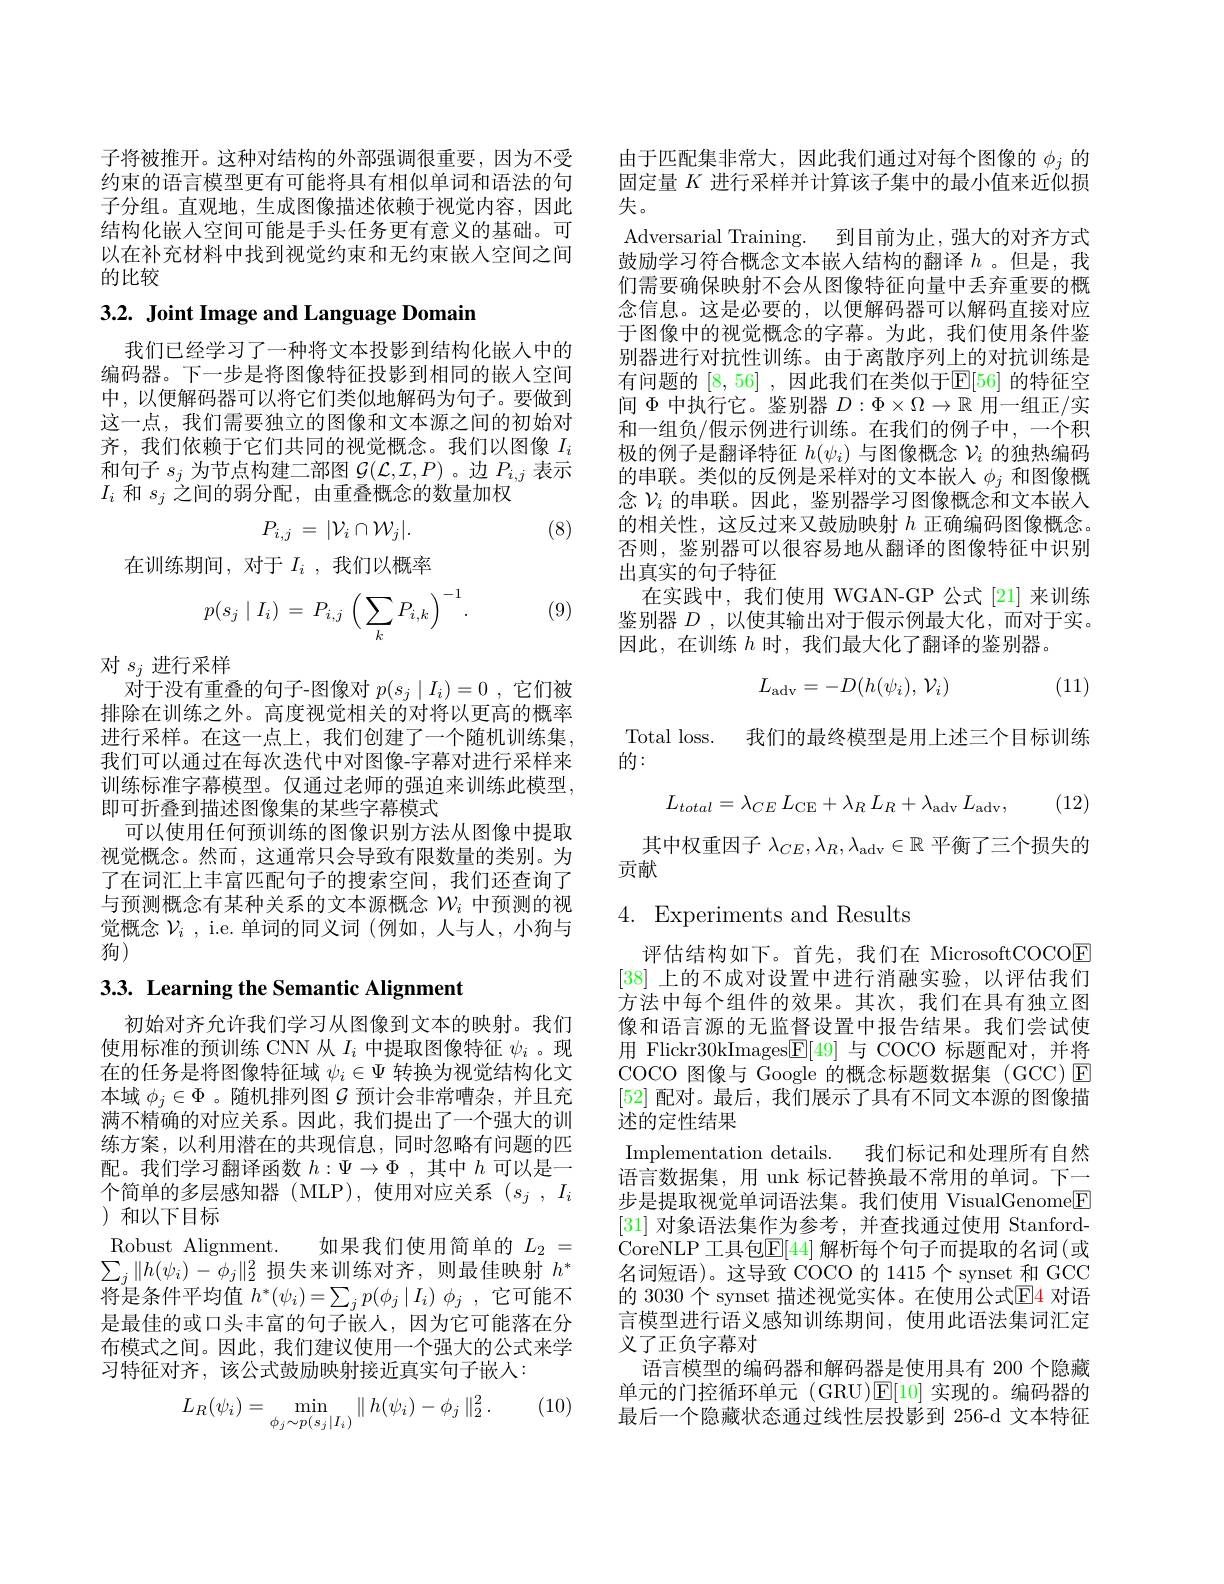
子将被推开。这种对结构的外部强调很重要，因为不受约束的语言模型更有可能将具有相似单词和语法的句子分组。直观地，生成图像描述依赖于视觉内容，因此结构化嵌入空间可能是手头任务更有意义的基础。可以在补充材料中找到视觉约束和无约束嵌入空间之间的比较

# 3.2. Joint Image and Language Domain

我们已经学习了一种将文本投影到结构化嵌人中的编码器。下一步是将图像特征投影到相同的嵌人空间中，以便解码器可以将它们类似地解码为句子。要做到这一点，我们需要独立的图像和文本源之间的初始对齐，我们依赖于它们共同的视觉概念。我们以图像$I_{i}$ 和句子$s_j$为节点构建二部图$\mathcal{G}(\mathcal{L},\mathcal{I},P)$ 。边$P_i,j$表示$I_{i}$和$s_j$之间的弱分配，由重叠概念的数量加权

(8)
$$P_{i,j}\:=\:|\mathcal{V}_{i}\cap\mathcal{W}_{j}|.$$
在训练期间，对于$I_i$ ,我们以概率

(9)
$$p(s_j\mid I_i)\:=\:P_{i,j}\:\Big(\sum_kP_{i,k}\Big)^{-1}.$$
对$s_j$进行采样
对于没有重叠的句子-图像对$p(s_j\mid I_i)=0$ ,它们被排除在训练之外。高度视觉相关的对将以更高的概率进行采样。在这一点上，我们创建了一个随机训练集， 我们可以通过在每次迭代中对图像-字幕对进行采样来训练标准字幕模型。仅通过老师的强迫来训练此模型， 即可折叠到描述图像集的某些字幕模式
可以使用任何预训练的图像识别方法从图像中提取视觉概念。然而，这通常只会导致有限数量的类别。为了在词汇上丰富匹配句子的搜索空间，我们还查询了与预测概念有某种关系的文本源概念$\mathcal{W}_i$中预测的视觉概念$\mathcal{V}_i$ , i.e. 单词的同义词 (例如 ,人与人，小狗与狗)

# 3.3. Learning the Semantic Alignment

初始对齐允许我们学习从图像到文本的映射。我们使用标准的预训练 CNN 从$I_i$中提取图像特征$\psi_i$ 。现在的任务是将图像特征域$\psi_i\in\Psi$转换为视觉结构化文本域$\phi_j\in\Phi$ 。随机排列图$\mathcal{G}$预计会非常嘈杂，并且充满不精确的对应关系。因此，我们提出了一个强大的训练方案，以利用潜在的共现信息，同时忽略有问题的匹配。我们学习翻译函数$h:\Psi\to\Phi$,其中$h$可以是一个简单的多层感知器(MLP),使用对应关系($s_j,I_i$ )和以下目标
Robust Alignment. 如果我们使用简单的$L_{2}=$ $\sum_j\|h(\psi_i)-\phi_j\|_2^2$损失来训练对齐，则最佳映射$h^*$ 将是条件平均值$h^* ( \psi _i) = \sum _jp( \phi _j\mid I_i)$ $\phi _j$ ,它可能不是最佳的或口头丰富的句子嵌人，因为它可能落在分布模式之间。因此，我们建议使用一个强大的公式来学习特征对齐，该公式鼓励映射接近真实句子嵌人：

(10)
$$L_R(\psi_i)=\min_{\phi_j\sim p(s_j|I_i)}\parallel h(\psi_i)-\phi_j\parallel_2^2.$$
由于匹配集非常大，因此我们通过对每个图像的$\phi_j$的固定量$K$进行采样并计算该子集中的最小值来近似损失。
Adversarial Training. 到目前为止，强大的对齐方式鼓励学习符合概念文本嵌人结构的翻译$h$ 。但是，我们需要确保映射不会从图像特征向量中丢弃重要的概念信息。这是必要的，以便解码器可以解码直接对应于图像中的视觉概念的字幕。为此，我们使用条件鉴别器进行对抗性训练。由于离散序列上的对抗训练是有问题的 [8,56] ,因此我们在类似于$\mathbb{E}[56]$ 的特征空间$\Phi$中执行它。鉴别器$D:\Phi\times\Omega\to\mathbb{R}$用一组正/实和一组负/假示例进行训练。在我们的例子中，一个积极的例子是翻译特征$h(\psi_i)$与图像概念$\mathcal{V}_i$的独热编码的串联。类似的反例是采样对的文本嵌人$\phi_j$和图像概念$\mathcal{V}_i$的串联。因此，鉴别器学习图像概念和文本嵌入的相关性，这反过来又鼓励映射$h$正确编码图像概念。否则，鉴别器可以很容易地从翻译的图像特征中识别出真实的句子特征
在实践中，我们使用 WGAN-GP 公式[21]来训练鉴别器$D$ ,以使其输出对于假示例最大化，而对于实。因此，在训练$h$时，我们最大化了翻译的鉴别器。

(11)
$$L_{\mathrm{adv}}=-D(h(\psi_i),\:\mathcal{V}_i)$$
Total loss. 我们的最终模型是用上述三个目标训练
的：
$$L_{total}=\lambda_{CE}\:L_{\mathrm{CE}}+\lambda_{R}\:L_{R}+\lambda_{\mathrm{adv}}\:L_{\mathrm{adv}},$$
(12)

其中权重因子$\lambda _CE, \lambda _R, \lambda _{\mathrm{adv}}\in \mathbb{R}$平衡了三个损失的
贡献

4. Experiments and Results

评估结构如下。首先，我们在 MicrosoftCOCOE [38]上的不成对设置中进行消融实验，以评估我们方法中每个组件的效果。其次，我们在具有独立图像和语言源的无监督设置中报告结果。我们尝试使用 Flickr30kImages$\underline{\mathrm{E}}[49]$与 COCO 标题配对，并将COCO 图像与 Google 的概念标题数据集 (GCC)E [52]配对。最后，我们展示了具有不同文本源的图像描述的定性结果
Implementation details. 我们标记和处理所有自然语言数据集，用 unk 标记替换最不常用的单词。下一步是提取视觉单词语法集。我们使用 VisualGenome[F] [31]对象语法集作为参考，并查找通过使用 StanfordCoreNLP 工具包$\overline{\mathbb{E}}[44]$ 解析每个句子而提取的名词(或名词短语)。这导致 COCO 的 1415 个 synset 和 GCC 的 3030 个 synset 描述视觉实体。在使用公式$\color{red}{\mathrm{E}}$4 对语言模型进行语义感知训练期间，使用此语法集词汇定义了正负字幕对
语言模型的编码器和解码器是使用具有 200 个隐藏单元的门控循环单元(GRU)$\mathbb{E}[10]$实现的。编码器的最后一个隐藏状态通过线性层投影到 256-d 文本特征